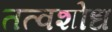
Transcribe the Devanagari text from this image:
तत्वशोध